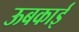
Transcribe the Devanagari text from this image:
ऊबकाई